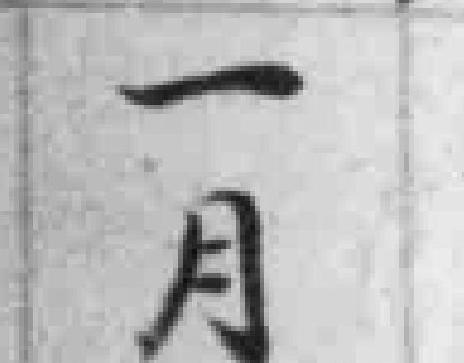
一月